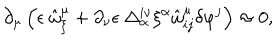
\partial _ { \mu } \left( \epsilon \ \hat { \omega } _ { \xi } ^ { \mu } + \partial _ { \nu } \epsilon \ \Delta _ { \alpha } ^ { i \nu } \xi ^ { \alpha } \hat { \omega } _ { i j } ^ { \mu } \delta \varphi ^ { j } \right) \approx 0 ,